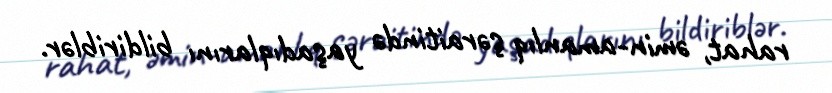
rahat, əmin-amanlıq şəraitində yaşadıqlarını bildiriblər.